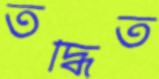
তদ্ধিত